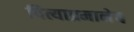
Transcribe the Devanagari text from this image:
पित्याप्रमानेच